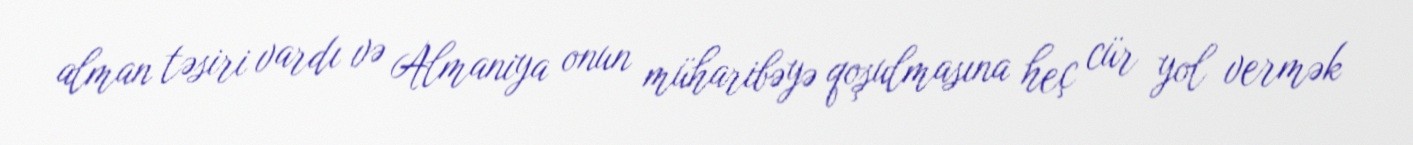
alman təsiri vardı və Almaniya onun müharibəyə qoşulmasına heç cür yol vermək